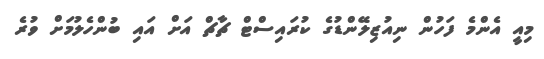
މިއީ އެންމެ ފަހުން ނިއުޒިލޭންޑުގެ ކުރައިސްޓް ޗާޗް އަށް އައި ބުންހެލުމަށް ވުރެ